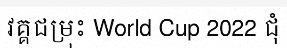
វគ្គជម្រុះ World Cup 2022 ជុំ